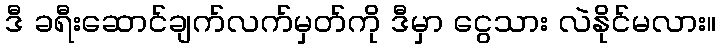
ဒီ ခရီးဆောင်ချက်လက်မှတ်ကို ဒီမှာ ငွေသား လဲနိုင်မလား။